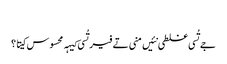
‏
جے تُسی غلطی نئیں منی تے فیر تُسی کیہہ محسوس کیتا؟